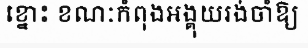
ខ្នោះ ខណៈកំពុងអង្គុយរង់ចាំឱ្យ